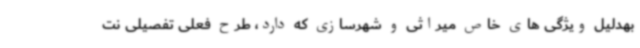
بهدلیل ویژگی های خاص میراثی و شهرسازی که دارد، طرح فعلی تفصیلی نت